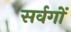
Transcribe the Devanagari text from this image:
सर्वगों